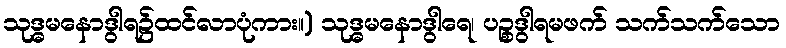
သုဒ္ဓမနောဒွါရ၌ထင်လာပုံကား။) သုဒ္ဓမနောဒွါရေ၊ ပဉ္စဒွါရမဖက် သက်သက်သော